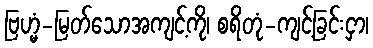
ဗြဟ္မံ-မြတ်သောအကျင့်ကို၊ စရိတုံ-ကျင့်ခြင်းငှာ၊